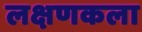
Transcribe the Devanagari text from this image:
लक्षणकला